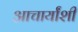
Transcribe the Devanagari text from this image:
आचार्यांशी